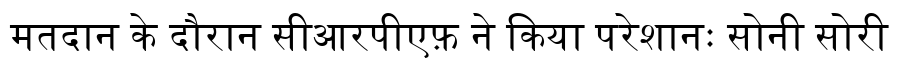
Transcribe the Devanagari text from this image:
मतदान के दौरान सीआरपीएफ़ ने किया परेशानः सोनी सोरी